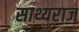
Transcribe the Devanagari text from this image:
साथ्यराज